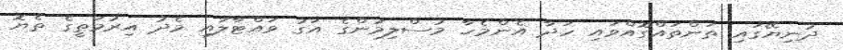
ދުނިޔޭގައި ތަންތައްގޮއްވައި ހަދާ އެންމެހާ މުސްލިމުންގެ އަގު ވައްޓާލައި މެދު އިރުމަތީގެ ތެޔޮ